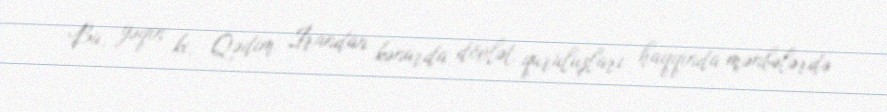
Bu, yəqin ki, Qədim İrandan kənarda dövlət quruluşları haqqında mənbələrdə